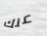
عنك